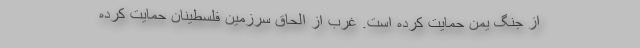
از جنگ یمن حمایت کرده است. غرب از الحاق سرزمین فلسطینان حمایت کرده